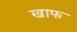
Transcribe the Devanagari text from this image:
खाफ